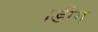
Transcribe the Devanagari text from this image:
।डीग